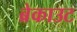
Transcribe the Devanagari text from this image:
ब्रेकाउट